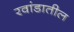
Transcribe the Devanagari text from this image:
रवांडातील